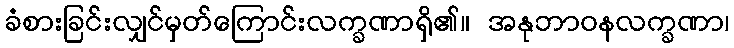
ခံစားခြင်းလျှင်မှတ်ကြောင်းလက္ခဏာရှိ၏။ အနုဘာဝနလက္ခဏာ၊